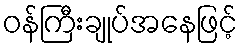
ဝန်ကြီးချုပ်အနေဖြင့်